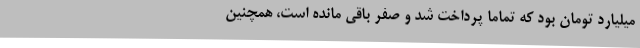
میلیارد تومان بود که تماما پرداخت شد و صفر باقی مانده است، همچنین